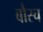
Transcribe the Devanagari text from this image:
बौस्च